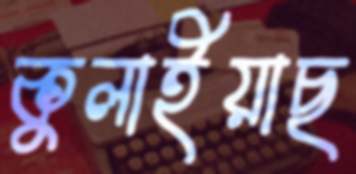
কুলাইয়াছ